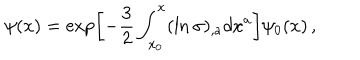
\psi ( x ) = \exp \left[ - \frac { 3 } { 2 } \int _ { x _ { 0 } } ^ { x } ( \ln \sigma ) _ { , a } d x ^ { a } \right] \psi _ { 0 } ( x ) \, { , }